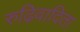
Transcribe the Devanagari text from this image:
रुढ़िवादिता